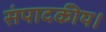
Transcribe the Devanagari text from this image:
संपादकीय।